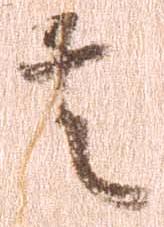
者